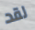
لقد